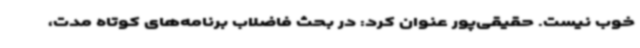
خوب نیست. حقیقی‌پور عنوان کرد: در بحث فاضلاب برنامه‌های کوتاه مدت،